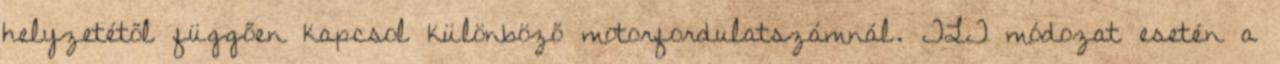
helyzetétől függően kapcsol különböző motorfordulatszámnál. TLT módozat esetén a